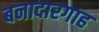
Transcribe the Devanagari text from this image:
बनादारगाह